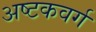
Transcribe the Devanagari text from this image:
अष्टकवर्ग